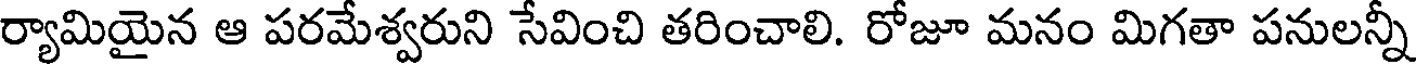
ర్యామియైన ఆ పరమేశ్వరుని సేవించి తరించాలి. రోజూ మనం మిగతా పనులన్నీ